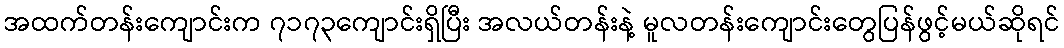
အထက်တန်းကျောင်းက ၇၁၇၃ကျောင်းရှိပြီး အလယ်တန်းနဲ့ မူလတန်းကျောင်းတွေပြန်ဖွင့်မယ်ဆိုရင်